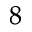
^ 8